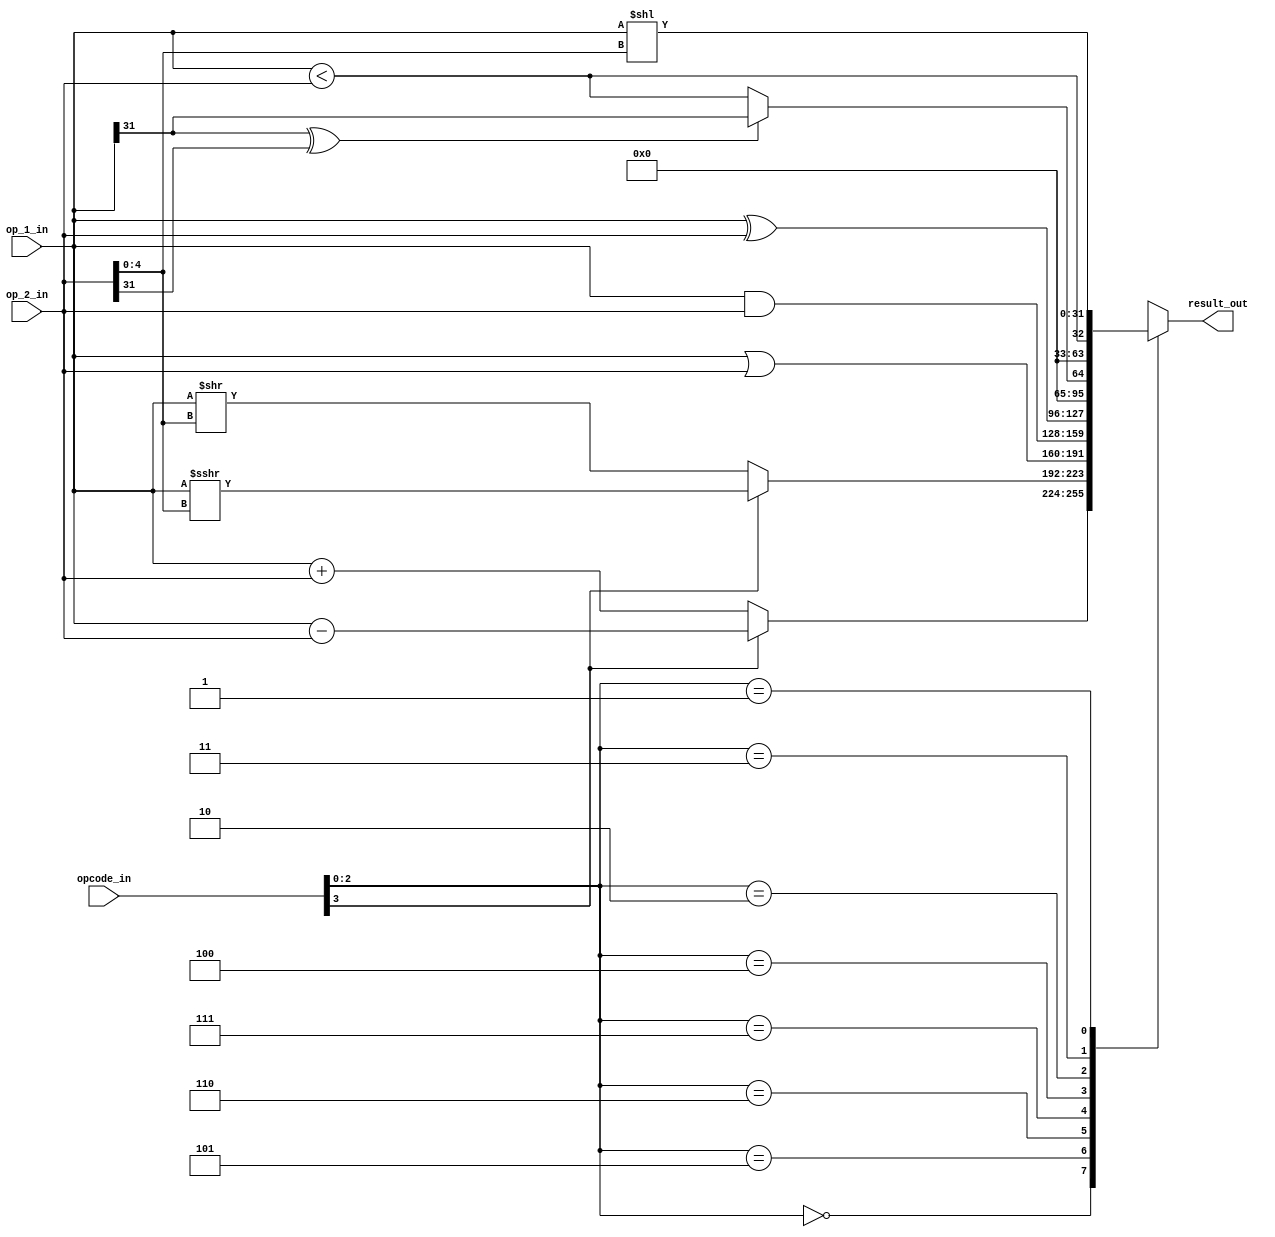
module msrv_32_alu (input signed [31:0] op_1_in,
       input signed [31:0] op_2_in,
       input [3:0] opcode_in,
       output reg [31:0]result_out);


parameter funct3_add  = 3'b000,
	  funct3_slt  = 3'b010,
	  funct3_sltu = 3'b011,
	  funct3_and  = 3'b111,
	  funct3_or   = 3'b110,
	  funct3_xor  = 3'b100,
	  funct3_sll  = 3'b001,
	  funct3_srl  = 3'b101;

wire signed [31:0] signed_op1;
wire [31:0] sra_result;
wire [31:0] srl_result;
wire [31:0] shr_result;
wire slt_result;
wire sltu_result;


assign signed_op1  = op_1_in;
assign sra_result  = signed_op1 >>> op_2_in [4:0];
assign srl_result  = op_1_in >> op_2_in [4:0];
assign shr_result  = opcode_in[3] == 1'b1 ? sra_result : srl_result;
assign sltu_result = op_1_in < op_2_in;
assign slt_result  = op_1_in[31]^op_2_in[31] ? op_1_in [31]: sltu_result;


always @(*)
begin
case (opcode_in [2:0])
funct3_add : result_out = opcode_in[3]? op_1_in - op_2_in: op_1_in + op_2_in;
funct3_srl : result_out = shr_result;
funct3_or  : result_out = op_1_in | op_2_in;
funct3_and : result_out = op_1_in & op_2_in;
funct3_xor : result_out = op_1_in ^ op_2_in;
funct3_slt : result_out = {31'b0, slt_result};
funct3_sltu: result_out = {31'b0, sltu_result};
funct3_sll : result_out = op_1_in << op_2_in[4:0];
default    : result_out = 32'b0;
endcase

end
endmodule